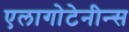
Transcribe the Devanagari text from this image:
एलागोटेनीन्स